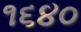
૧૬૪૦